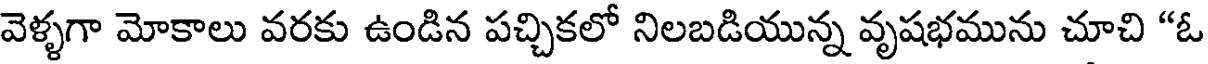
వెళ్ళగా మోకాలు వరకు ఉండిన పచ్చికలో నిలబడియున్న వృషభమును చూచి "ఓ